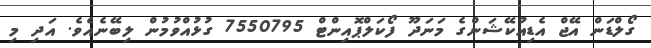
ގޯލްޑަން އޭޖް އެޑިއުކޭޝަންގެ މަނަދޫ ފޯކަލްޕޮއިންޓް 7550795 ގުޅުއްވުމުން ލިބޭނެއެވެ. އަދި މި